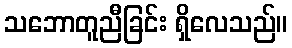
သဘောတူညီခြင်း ရှိလေသည်။